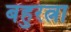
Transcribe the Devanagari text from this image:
बहुरत्ना